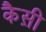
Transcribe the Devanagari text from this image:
कैस़ी